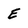
Character: E